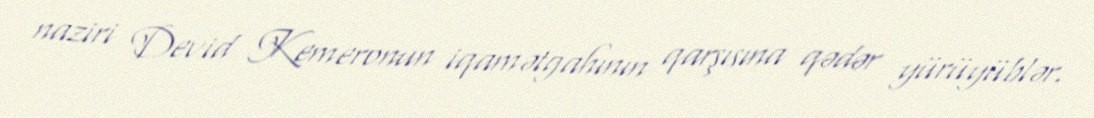
naziri Devid Kemeronun iqamətgahının qarşısına qədər yürüyüblər.